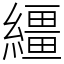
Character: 繮